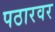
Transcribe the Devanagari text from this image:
पठारवर